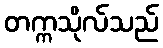
တက္ကသိုလ်သည်